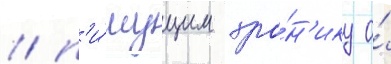
/ п'и́шущим хро́н'ику о́